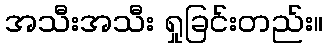
အသီးအသီး ရှုခြင်းတည်း။